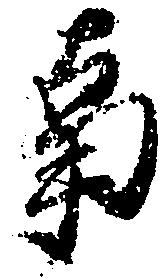
事